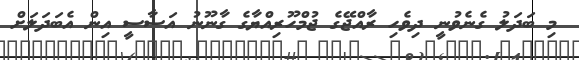
މި ބަދަލު ގެނެވުނީ ދިވެހި ރާއްޖޭގެ ޖުމްހޫރިއްޔާގެ ގާނޫނު އަސާސީ އިން އެބަދަލަށް